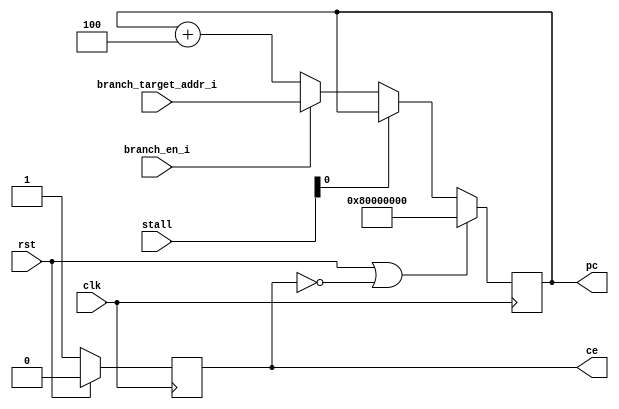
module pc (
    input clk,
    input rst,
    input [5:0]stall,
    input branch_en_i,
    input [31:0]branch_target_addr_i,
    output reg [31:0]pc,
    output reg ce
);
//

always @(posedge clk) begin
    if(rst == 1'b1) begin
      ce <= 1'b0;
    end else begin
      ce <= 1'b1;
    end
end

always @(posedge clk)begin
    if(rst == 1'b1 || ce == 1'b0)begin
        pc <= 32'h80000000;
    end else begin
        if(stall[0] == 1'b0 )begin
            if(branch_en_i)begin
                pc <= branch_target_addr_i;
            end else begin
                pc <= pc + 4'h4;
            end
        end
    end
end
endmodule